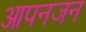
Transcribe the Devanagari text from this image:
आपनजन